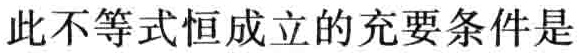
此不等式恒成立的充要条件是